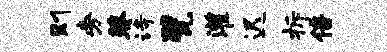
则旁葵诗甓灌迟拆倍